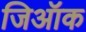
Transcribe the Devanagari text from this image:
जिऑक